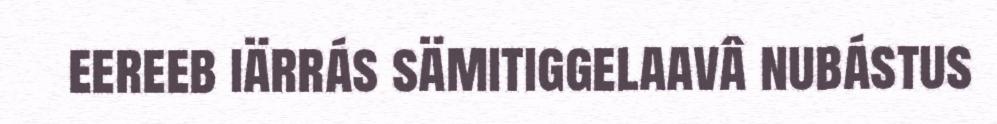
eereeb iärrás sämitiggelaavâ nubástus